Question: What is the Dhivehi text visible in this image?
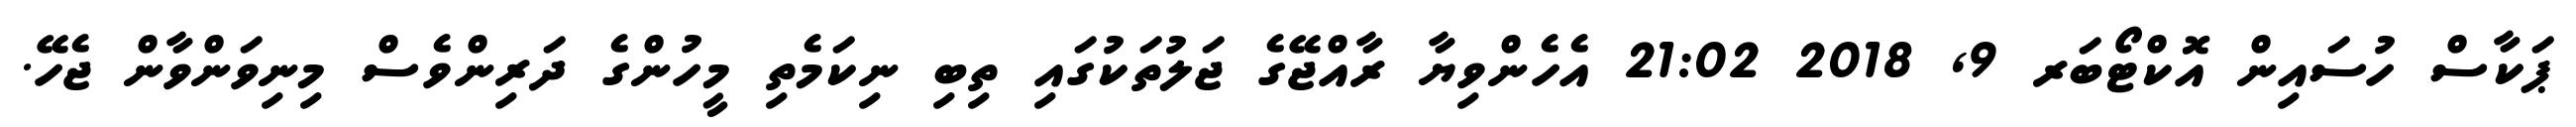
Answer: ޕަކާސް ހުސައިން އޮކްޓޯބަރ 9, 2018 21:02 އެހެންވިޔާ ރާއްޖޭގެ ޖަލުތަކުގައި ތިބި ނިކަމެތި މީހުންގެ ދަރިންވެސް މިނިވަންވާން ޖެހޭ.